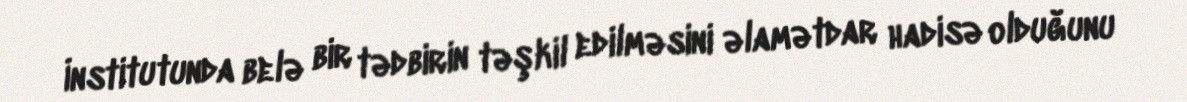
İnstitutunda belə bir tədbirin təşkil edilməsini əlamətdar hadisə olduğunu